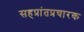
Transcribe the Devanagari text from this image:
सहप्रांतप्रचारक